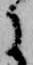
に